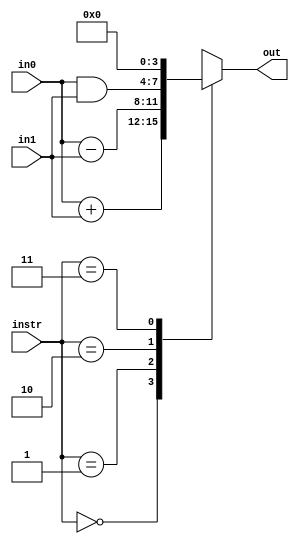
`timescale 1ns / 1ps

module ALU(
        input       [3:0] in0    ,
        input       [3:0] in1    ,
        input       [1:0] instr  ,
        output reg  [3:0] out
    );
    
 always @(*)
     begin 
     case(instr)
        0: out <= in0 + in1;
        1: out <= in0 - in1;
        2: out <= in0 & in1;
        3: out <= 0;
        endcase
     end   
endmodule